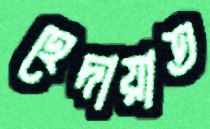
হেদায়াত